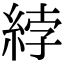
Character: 綍